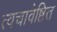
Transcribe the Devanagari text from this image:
त्वचावेष्टित